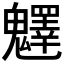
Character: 𩴮